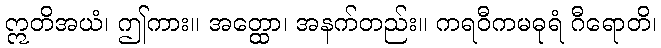
ဣတိအယံ၊ ဤကား။ အတ္ထော၊ အနက်တည်း။ ကရဝီကမဓုရံ ဂီရောတိ၊